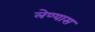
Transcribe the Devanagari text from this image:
लेण्यास